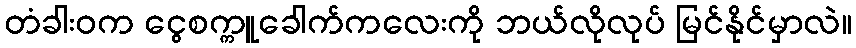
တံခါးဝက ငွေစက္ကူခေါက်ကလေးကို ဘယ်လိုလုပ် မြင်နိုင်မှာလဲ။